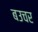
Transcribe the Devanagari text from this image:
बउचर